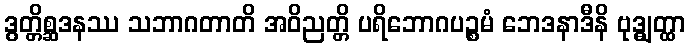
ဒွတ္တိစ္ဆဒနဿ သဘာဂတာတိ အဝိညတ္တိ ပရိဘောဂပဉ္စမံ ဘေဒနာဒီနိ ဗုဒ္ဓျတ္ထာ